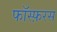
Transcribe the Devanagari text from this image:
फॉस्फ़रस